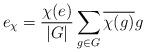
LaTeX: \begin{align*}e_\chi=\frac{\chi(e)}{|G|}\sum_{g\in G}{\overline{\chi(g)}g}\end{align*}